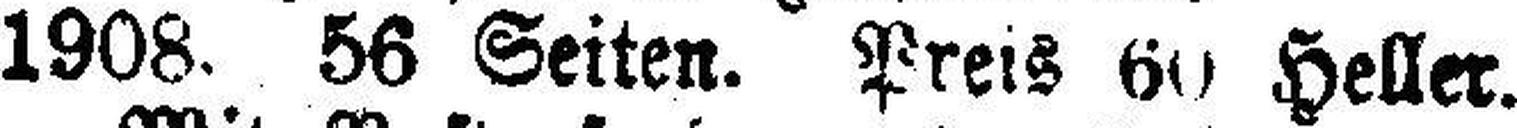
1908. 56 Seiten. Preis 60 Heller.